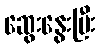
ဆွေးနွေးပြီး